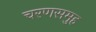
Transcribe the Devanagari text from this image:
चरणसमुह